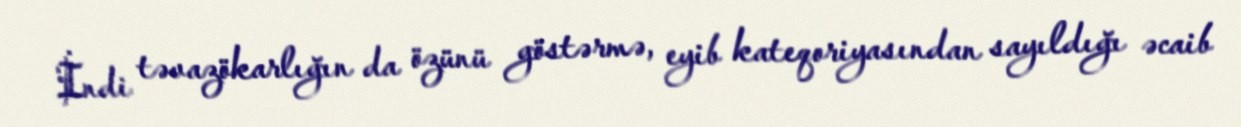
İndi təvazökarlığın da özünü göstərmə, eyib kateqoriyasından sayıldığı əcaib